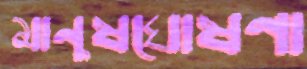
মানুষঘোষণা